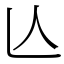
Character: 亾